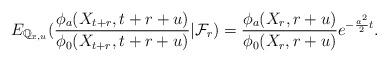
LaTeX: \begin{align*}E_{\mathbb{Q}_{x,u}}(\frac{\phi_a(X_{t+r},t+r+u)}{\phi_0(X_{t+r},t+r+u)}\vert \mathcal{F}_r)=\frac{\phi_a(X_r,r+u)}{\phi_0(X_r,r+u)}e^{-\frac{a^2}{2}t}.\end{align*}